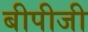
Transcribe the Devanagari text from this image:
बीपीजी